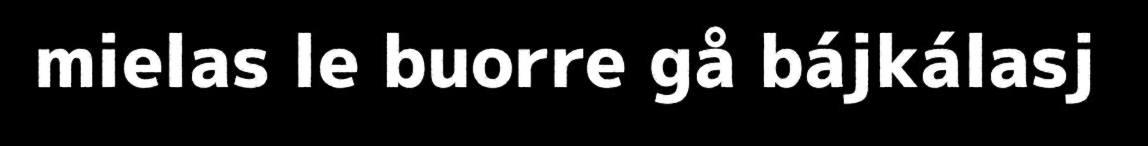
mielas le buorre gå bájkálasj